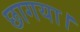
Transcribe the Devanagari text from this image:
छागया।